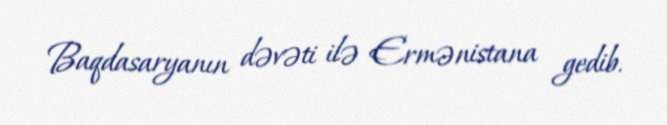
Baqdasaryanın dəvəti ilə Ermənistana gedib.